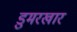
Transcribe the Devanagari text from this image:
डुमरखार